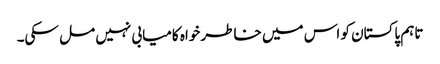
تاہم پاکستان کو اس میں خاطر خواہ کامیابی نہیں مل سکی۔